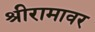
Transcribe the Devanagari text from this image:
श्रीरामावर